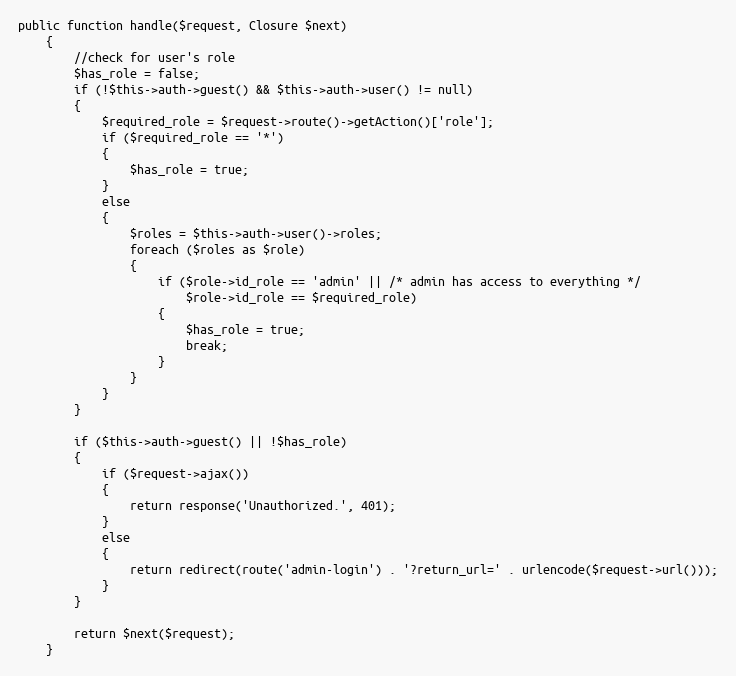
Language: PHP
public function handle($request, Closure $next)
	{
		//check for user's role
		$has_role = false;
		if (!$this->auth->guest() && $this->auth->user() != null)
		{
			$required_role = $request->route()->getAction()['role'];
			if ($required_role == '*')
			{
				$has_role = true;
			}
			else
			{
				$roles = $this->auth->user()->roles;
				foreach ($roles as $role)
				{
					if ($role->id_role == 'admin' || /* admin has access to everything */
						$role->id_role == $required_role)
					{
						$has_role = true;
						break;
					}
				}
			}
		}

		if ($this->auth->guest() || !$has_role)
		{
			if ($request->ajax())
			{
				return response('Unauthorized.', 401);
			}
			else
			{
				return redirect(route('admin-login') . '?return_url=' . urlencode($request->url()));
			}
		}

		return $next($request);
	}